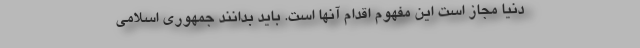
دنیا مجاز است این مفهوم اقدام آنها است. باید بدانند جمهوری اسلامی